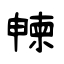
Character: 朄